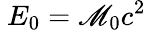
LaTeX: \ E_{0}=\mathscr{M}_{0}c^{2}